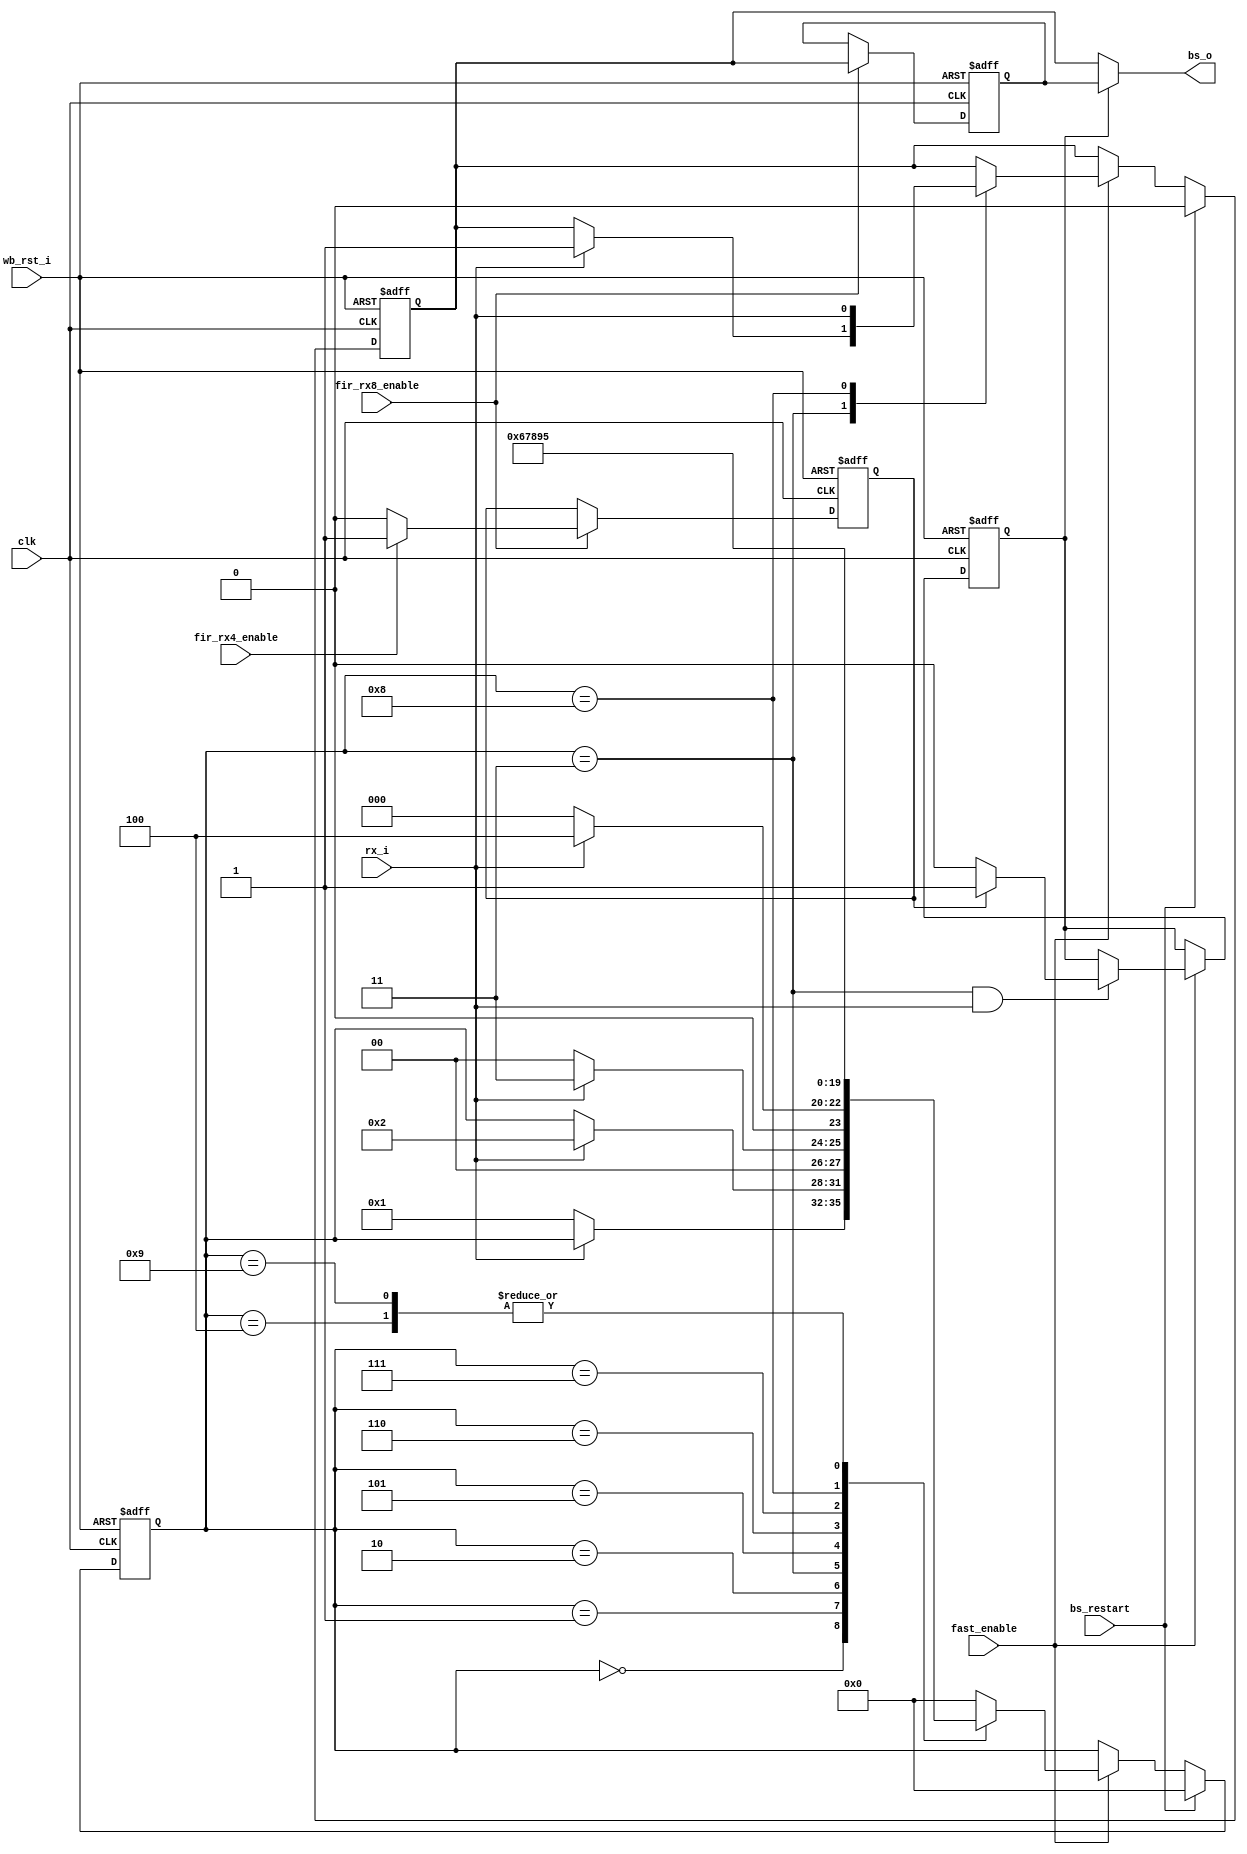
module irda_fir_bit_sync (clk, wb_rst_i, bs_restart, rx_i, fast_enable, fir_rx4_enable, fir_rx8_enable, bs_o);
// synchronizes to bit level. the 40Mhz clock is used to sample on the third clock of each bit
// syncronyzation starts on bs_restart

input		clk;
input		wb_rst_i;
input		bs_restart;
input		rx_i;		// input from the led
input		fast_enable; // 40Mhz clock
input 	fir_rx4_enable;
input 	fir_rx8_enable;

output	bs_o;	// bit output

//reg		bs_o; // synchronised to 4Mhz clock output
reg 		bs_o_tmp; // temporary register for non-syncronised to 4Mhz signal

// Bit synchronizer FSM

parameter st0=0, st1=1, st2=2, st3=3, st4=4, st5=5, st6=6, st7=7, st8=8, st9=9;

reg	[3:0]	state;

always @(posedge clk or posedge wb_rst_i)
begin
	if (wb_rst_i) begin
		state 		<= #1 st0;
		bs_o_tmp 	<= #1 0;
	end else if (bs_restart) begin
		state 	<= #1 st0;
		bs_o_tmp	<= #1 0;
	end else if (fast_enable) begin
	case (state)
		st0 : if (rx_i==0) state <= #1 st1;
		st1 : if (rx_i==1) state <= #1 st2;
		st2 : if (rx_i==1) state <= #1 st3; else state <= #1 st0;
		st3 : if (rx_i==1) begin
					state		<= #1 st4;
					bs_o_tmp <= #1 1;
				end else
					state <= #1 st0;
		st4 : state <= #1 st5;
		st5 : state <= #1 st6;
		st6 : state <= #1 st7;
		st7 : state <= #1 st8;
		st8 : begin
					state		<= #1 st9;
					bs_o_tmp <= #1 rx_i;
				end
		st9 : state <= #1 st5;
		default :
			state <= #1 st0;
	endcase
	end
end

reg phase; // rx4 clock phase (1 - this rx8 had rx4 asserted, 0 - there was only rx8)

always @(posedge clk or posedge wb_rst_i)
begin
	if (wb_rst_i)
		phase <= #1 0;
	else if (fir_rx8_enable)
		if (fir_rx4_enable)
			phase <= #1 1;
		else
			phase <= #1 0;
end

// delay bs_o_tmp for one rx8 clock
reg	bs_o_tmp_delayed;

always @(posedge clk or posedge wb_rst_i)
begin
	if (wb_rst_i)
		bs_o_tmp_delayed <= #1 0;
	else if (fir_rx8_enable)
		bs_o_tmp_delayed <= #1 bs_o_tmp;
end

/// decide if to work with delayed signal or not 
reg	work_delayed;

always @(posedge clk or posedge wb_rst_i)
begin
	if (wb_rst_i)
		work_delayed<= #1 0;
	else if (fast_enable)
		 if ( (state == st3) && (rx_i== 1) )
			 if (phase) // first bit is not in sync with rx4
				 work_delayed <= #1 1;
			 else
				 work_delayed <= #1 0;
end


assign bs_o = work_delayed ? bs_o_tmp_delayed : bs_o_tmp ;		

endmodule